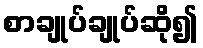
စာချုပ်ချုပ်ဆို၍